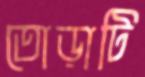
তোড়াটি